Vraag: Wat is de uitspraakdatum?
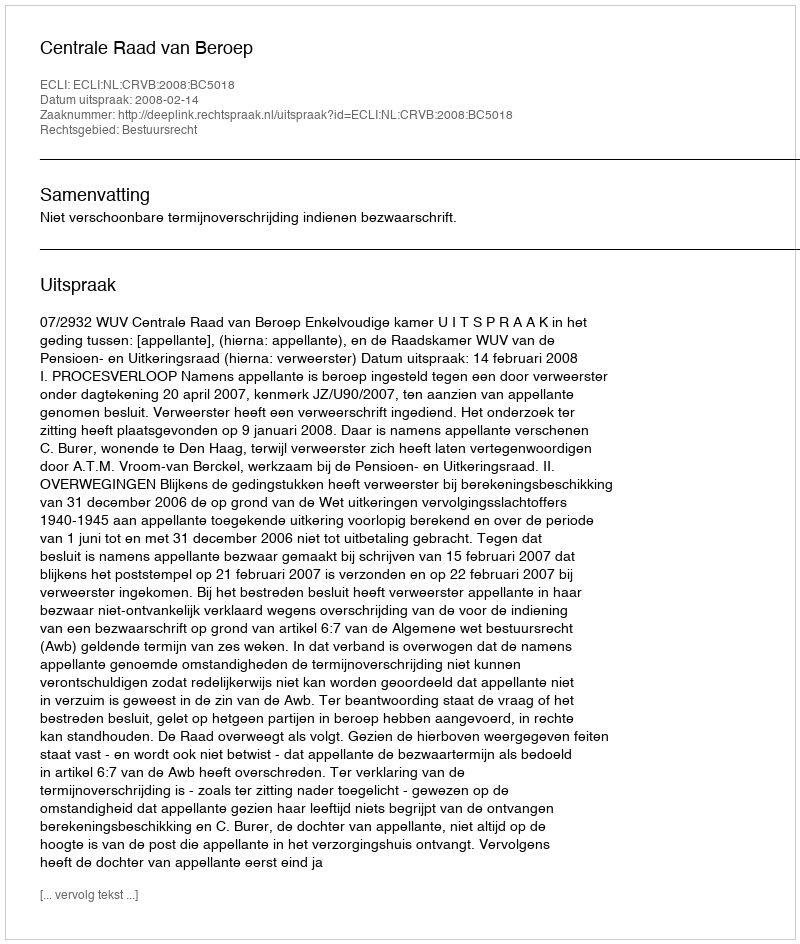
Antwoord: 2008-02-14